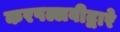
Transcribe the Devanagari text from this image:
करपल्लवीद्वारे